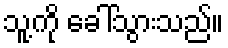
သူ့ကို ခေါ်သွားသည်။